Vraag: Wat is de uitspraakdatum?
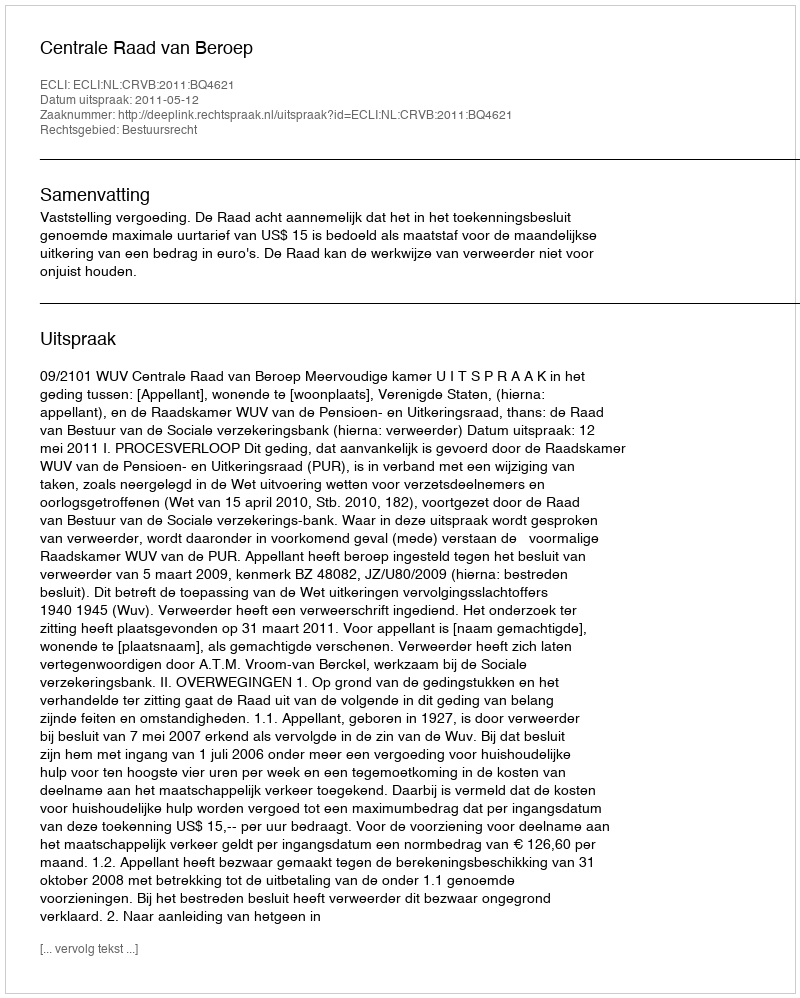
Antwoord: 2011-05-12